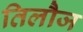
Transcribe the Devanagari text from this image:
तिलौज